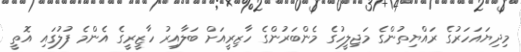
މިދިޔައަހަރުގެ ރައްޔިތުންގެ މަޖިލީހުގެ މެންބަރުންގެ ހާޒިރީއަށް ބަލާއިރު ހާޒީރީގެ އެންމެ ފުލުގައި އޮތީ